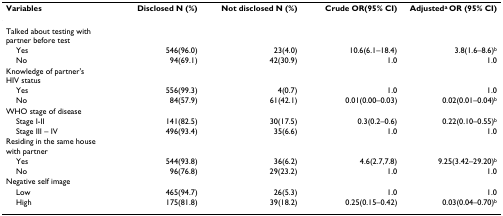
| Variables | Disclosed N (%) | Not disclosed N (%) | Crude OR(95% CI) | Adjusteda OR (95% CI) |
 | --- | --- | --- | --- | --- |
 | Talked about testing with partner before test |  |  |  |  |
 | Yes | 546(96.0) | 23(4.0) | 10.6(6.1–18.4) | 3.8(1.6–8.6)b |
 | No | 94(69.1) | 42(30.9) | 1.0 | 1.0 |
 | Knowledge of partner's HIV status |  |  |  |  |
 | Yes | 556(99.3) | 4(0.7) | 1.0 | 1.0 |
 | No | 84(57.9) | 61(42.1) | 0.01(0.00–0.03) | 0.02(0.01–0.04)b |
 | WHO stage of disease |  |  |  |  |
 | Stage I-II | 141(82.5) | 30(17.5) | 0.3(0.2–0.6) | 0.22(0.10–0.55)b |
 | Stage III – IV | 496(93.4) | 35(6.6) | 1.0 | 1.0 |
 | Residing in the same house with partner |  |  |  |  |
 | Yes | 544(93.8) | 36(6.2) | 4.6(2.7,7.8) | 9.25(3.42–29.20)b |
 | No | 96(76.8) | 29(23.2) | 1.0 | 1.0 |
 | Negative self image |  |  |  |  |
 | Low | 465(94.7) | 26(5.3) | 1.0 | 1.0 |
 | High | 175(81.8) | 39(18.2) | 0.25(0.15–0.42) | 0.03(0.04–0.70)b |